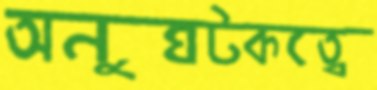
অনুঘটকত্বে